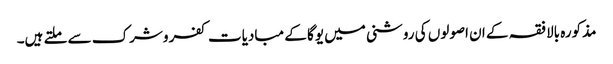
مذکورہ بالا فقہ کے ان اصولوں کی روشنی میں یوگا کے مبادیات کفر وشرک سے ملتے ہیں۔